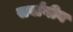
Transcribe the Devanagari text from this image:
सर्वांगीय